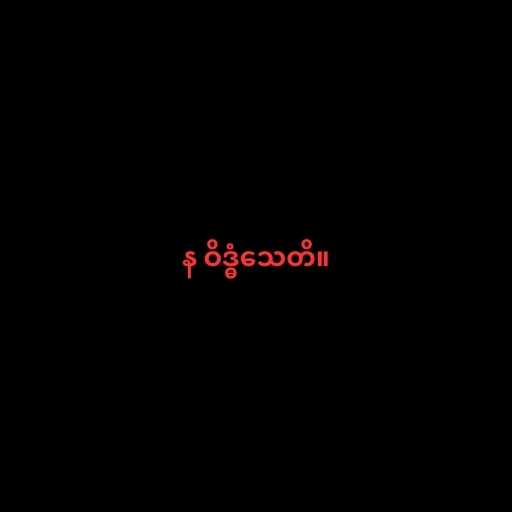
န ဝိဒ္ဓံသေတိ။